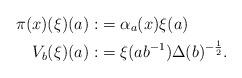
LaTeX: \begin{align*}\pi(x)(\xi)(a):&=\alpha_{a}(x)\xi(a) \\V_{b}(\xi)(a):&= \xi(ab^{-1})\Delta(b)^{-\frac{1}{2}}.\end{align*}